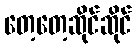
တေ့တေ့ဆိုင်ဆိုင်